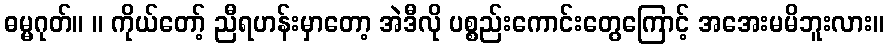
ဓမ္မဂုတ်။ ။ ကိုယ်တော့် ညီရဟန်းမှာတော့ အဲဒီလို ပစ္စည်းကောင်းတွေကြောင့် အအေးမမိဘူးလား။